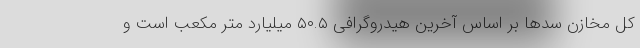
کل مخازن سدها بر اساس آخرین هیدروگرافی ۵۰.۵ میلیارد متر مکعب است و